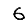
Digit: 6